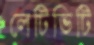
লেটিভিটি